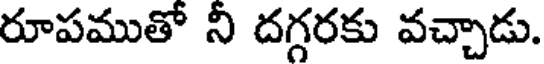
రూపముతో ని దగ్గరకు వచ్చాడు.